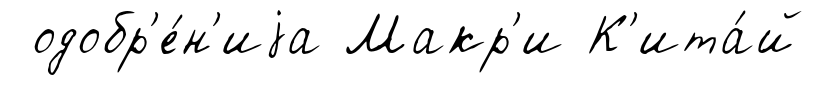
одобр'е́н'иjа Макр'и К'ита́й